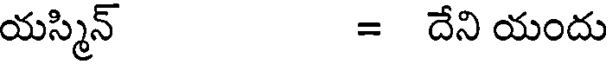
యస్మిన్ = దేని యందు